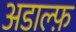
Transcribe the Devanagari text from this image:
अडाल्फ़